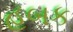
હબક